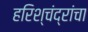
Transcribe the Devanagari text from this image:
हरिश्चंद्रांचा